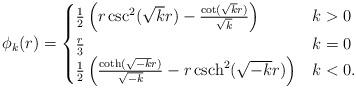
LaTeX: \begin{align*}\phi_{k}(r)=\begin{cases}\frac{1}{2}\left(r \csc^{2}(\sqrt{k} r)-\frac{\cot (\sqrt{k} r)}{\sqrt{k}}\right) & k>0 \\\frac{r}{3} & k=0 \\\frac{1}{2}\left(\frac{ \coth (\sqrt{-k} r)}{\sqrt{-k}}-r\, \mathrm{csch}^{2}(\sqrt{-k} r)\right) & k<0.\end{cases}\end{align*}